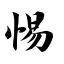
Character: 惕